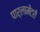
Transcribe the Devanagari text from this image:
पार्लामेंटरी